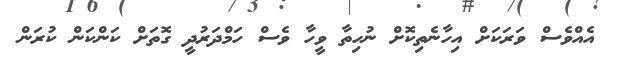
އެއްވެސް ވަރަކަށް އިހާނެތިކޮށް ނުހިތާ ވީހާ ވެސް ހަމްދަރުދީ ގޮތަށް ކަންކަން ކުރަން